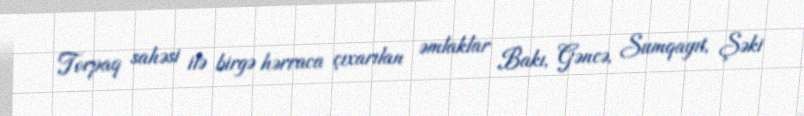
Torpaq sahəsi ilə birgə hərraca çıxarılan əmlaklar Bakı, Gəncə, Sumqayıt, Şəki